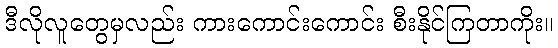
ဒီလိုလူတွေမှလည်း ကားကောင်းကောင်း စီးနိုင်ကြတာကိုး။